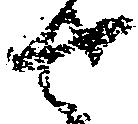
せ